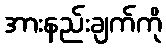
အားနည်းချက်ကို